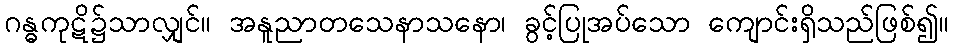
ဂန္ဓကုဋိ၌သာလျှင်။ အနူညာတသေနာသနော၊ ခွင့်ပြုအပ်သော ကျောင်းရှိသည်ဖြစ်၍။